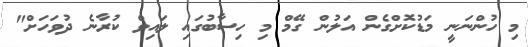
މި ހުންނަނީ މަޑުކޮށްގެން އަލުން ގޭމް މި ހިސާބުގައި ލައިވް ކުރާނެ ދުވަހަށް"